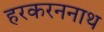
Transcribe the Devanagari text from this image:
हरकरननाथ